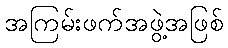
အကြမ်းဖက်အဖွဲ့အဖြစ်